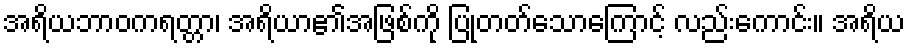
အရိယဘာဝကရတ္တာ၊ အရိယာ၏အဖြစ်ကို ပြုတတ်သောကြောင့် လည်းကောင်း။ အရိယ